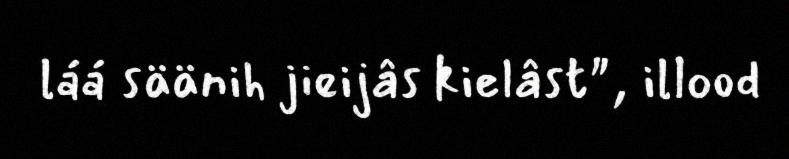
láá säänih jieijâs kielâst", illood